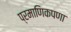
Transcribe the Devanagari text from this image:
प्रमाणिकपणा